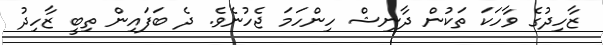
ޒާހިދުގެ ވާހަކަ ތަކުން ދާނިޝް ހިންހަމަ ޖެހުނެވެ. ދެ ބަފައިން ތިބީ ޒާހިދު